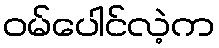
ဝမ်ပေါင်လဲ့က